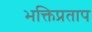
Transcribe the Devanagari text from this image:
भक्तिप्रताप